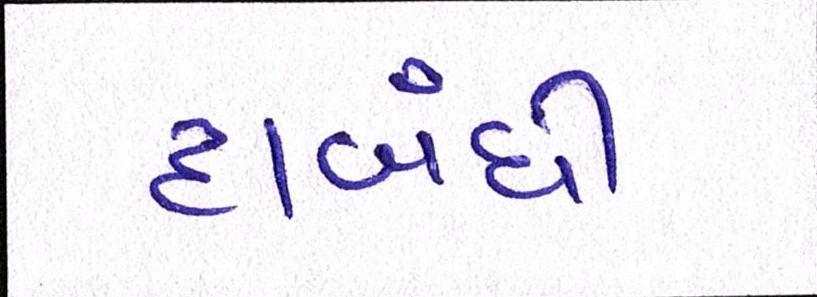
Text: દાબંધી